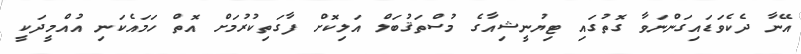
އޭނާ ދެކެވަޑައިގަންނަވާ ގޮތުގައި ޓިޔުނީޝިއާގެ މުސްތަޤުބަލް އަލިކޮށް ފާގަތިކުރުމަށް އޮތް ހަމައެކަނި އުއްމީދަކީ